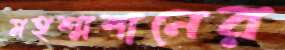
মহশ্মশানের